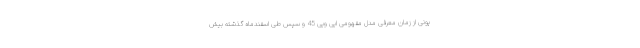
پونی از زمان معرفی مدل مفهومی ایی ویی 45 و سپس طی اسفندماه گذشته بیش